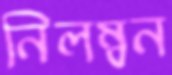
নিলম্বন